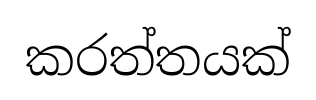
කරත්තයක්